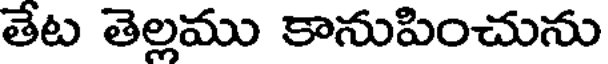
తేట తెల్లము కానుపించును